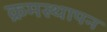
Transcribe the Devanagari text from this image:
क्रमस्थापन